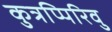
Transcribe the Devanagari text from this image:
कुत्रप्पिरिवु